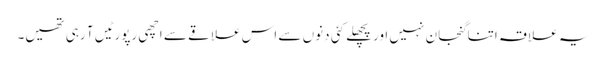
یہ علاقہ اتنا گنجان نہیں اور پچھلے کئی دنوں سے اس علاقے سے اچھی رپورٹیں آ رہی تھیں۔